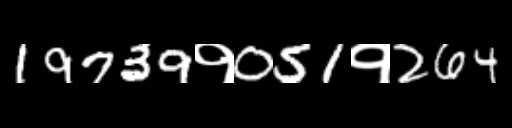
Text: 19739१051१264